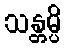
သန္တမ္ပိ